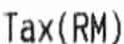
TAX (RM)